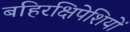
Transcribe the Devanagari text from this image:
बहिरक्षिपेशियों